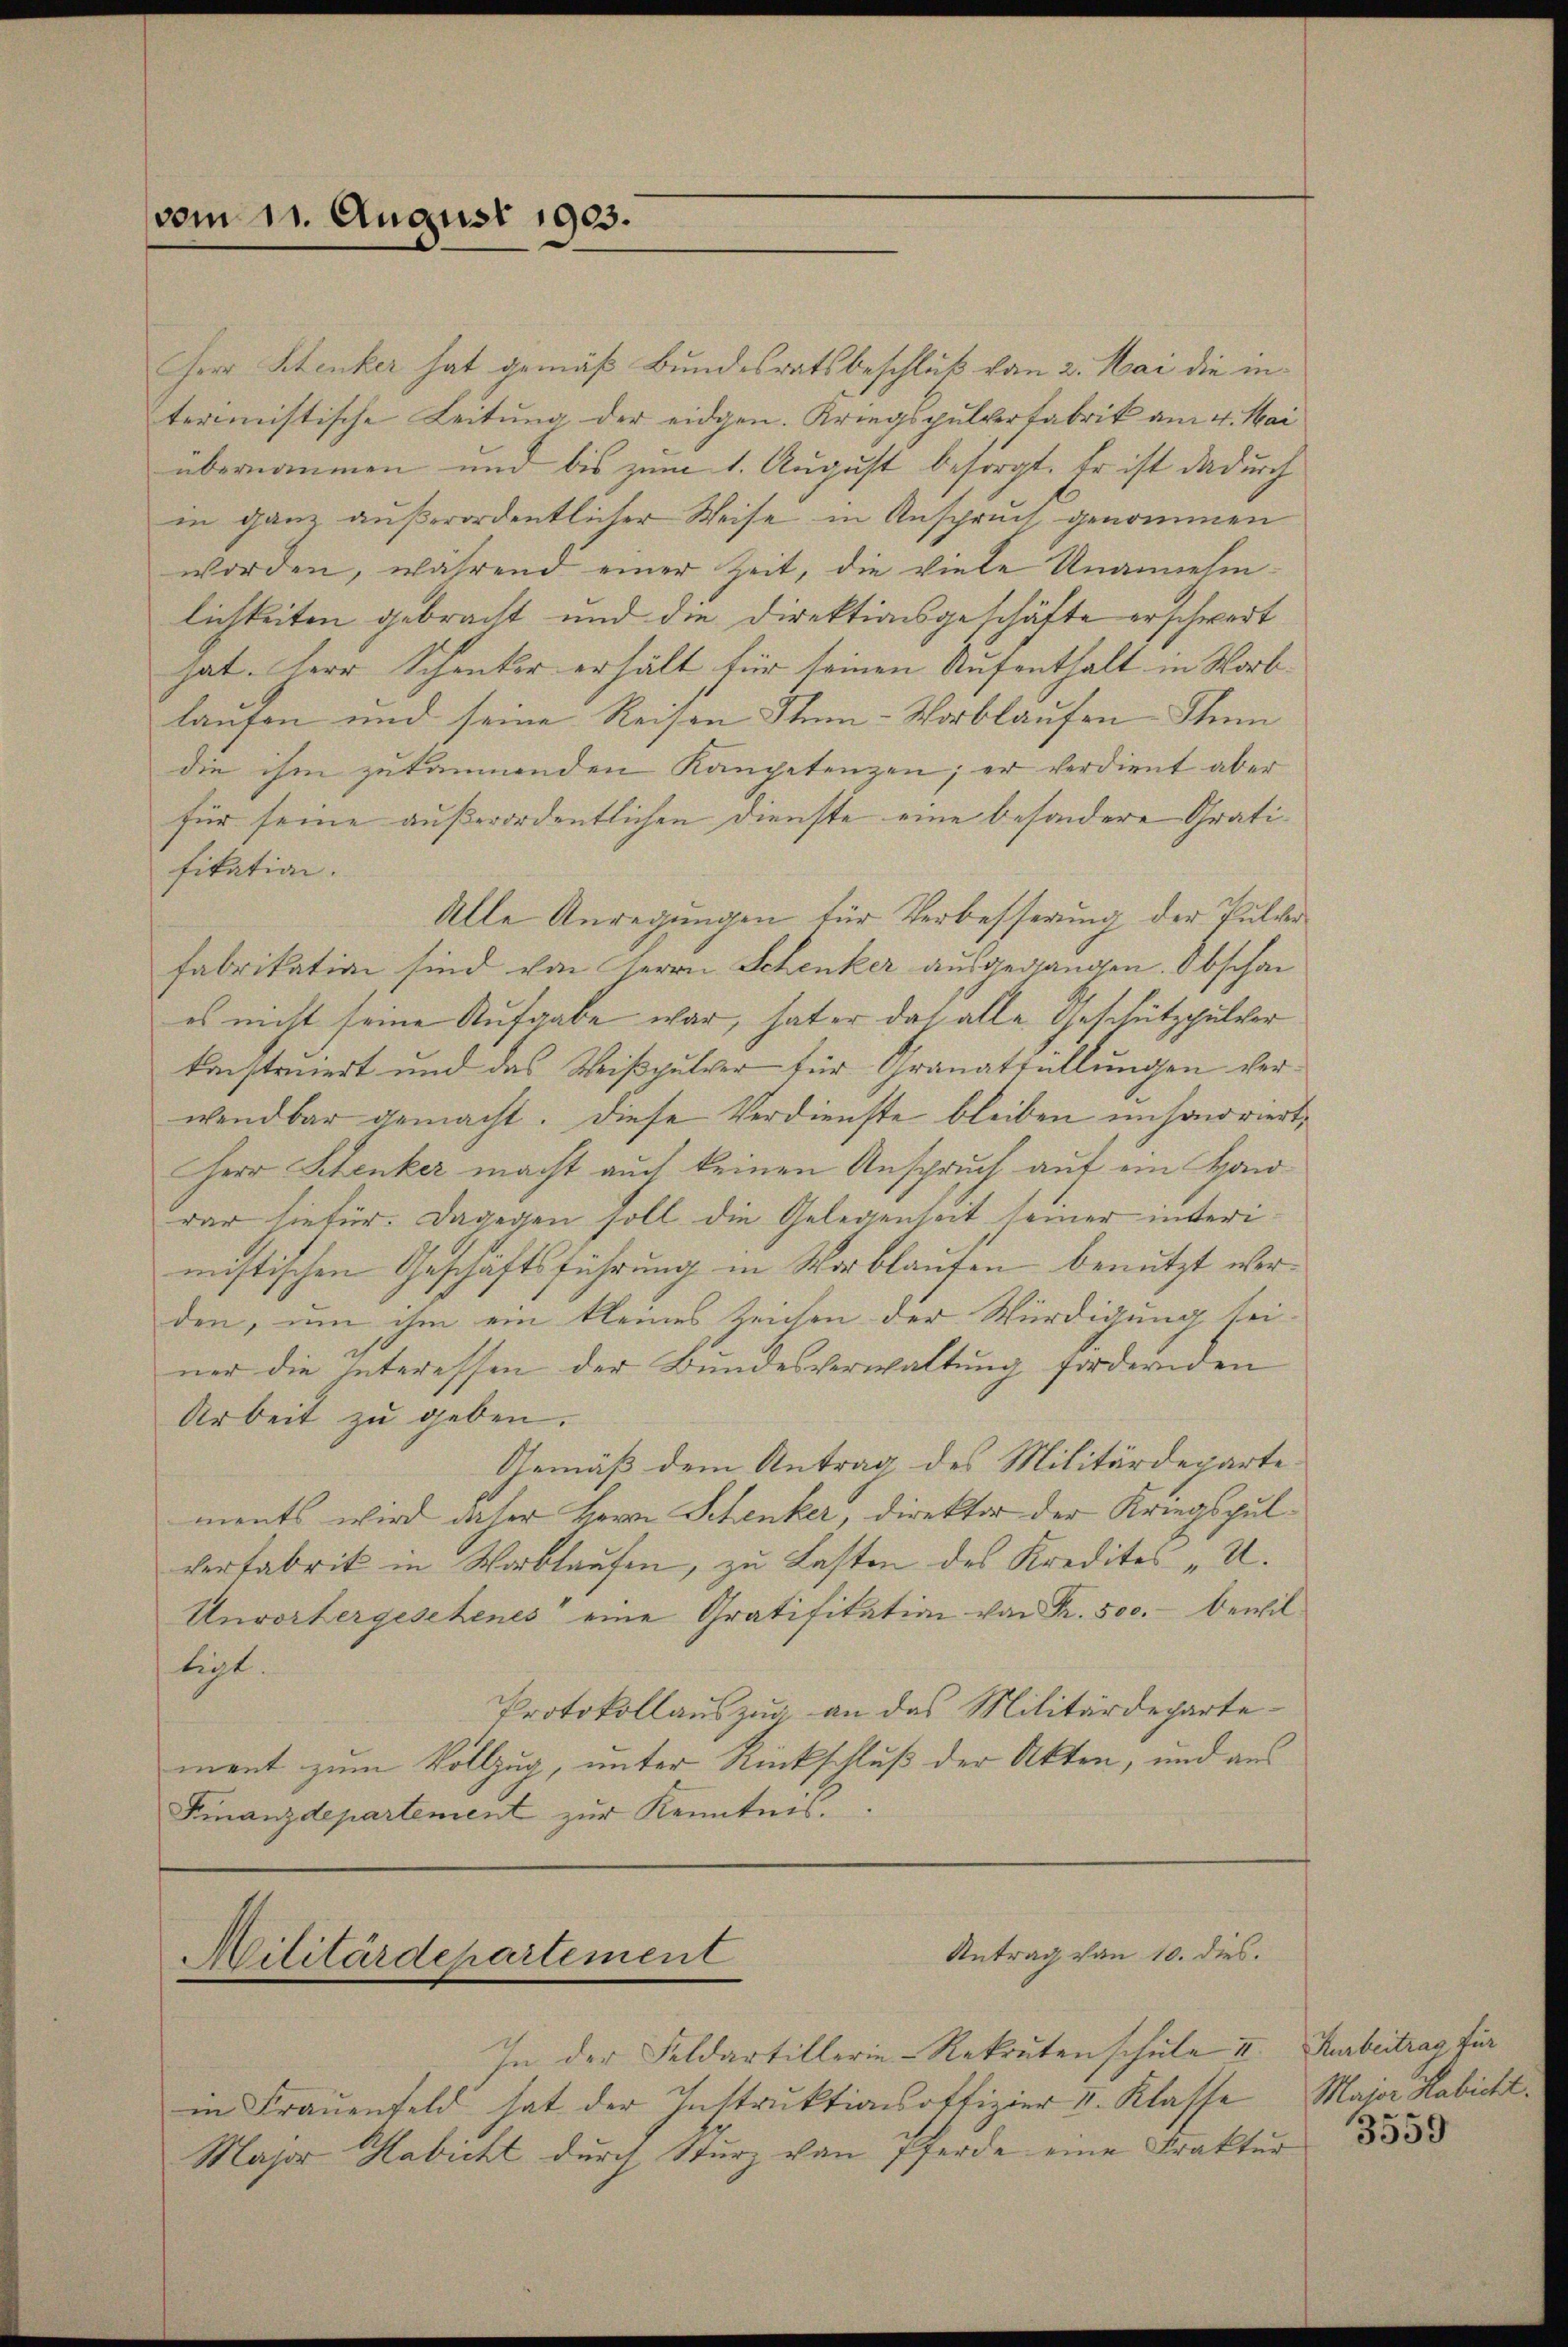
vom 11. August 1903.

Herr Stenker hat gemäß Bundesratsbeschluß vom 2. Mai die interimistische Leitung der eidgen. Kriegspulvertabrik am 4. Mai
übernommen und bis zum 1. August besorgt. Er ist dadurch
in ganz außerordentlicher Weise in Anspruch genommen
worden, während einer Zeit, die viele Unannehmlichkeiten gebracht und die Direktionsgeschäfte erschwert
hat. Herr Schenter erhält für seinen Aufenthalt in Worb
laufen und seine Reisen Iten-Vorblaufen Thun
die ihm zukämenden Kompetenzen; er verdient aber
für seine außerordentlichen Dienste eine besondere Gratifikation.
Alle Anregungen für Verbesserung der Pulver
fabrikation sind von Herrn Schenker ausgegangen. Obschan
es nicht seine Aufgabe war, hat er doch alle Geschützpulver
konstruiert und das Weißpulver für Granattellungen verwendbar gemacht. Diese Verdienste bleiben unsonoriert,
Herr Stenker macht auch keinen Anspruch auf ein Handdar hiefür. Dagegen soll die Gelegenseit seiner interimistischen Geschäftsführung in Worblaufen benutzt werden, um ihm ein kleines Zeichen der Würdigung sei-
ner die Interessen der Bundesverwaltung fordernden
Arbeit zu geben.
Gemäß dem Antrag des Militärdeparte
ments wird daher Herrn Schenker, direktor der Kriegspulverfabrik in Wortlaufen, zu Lasten des Kredites „U.
Unvorhergesehenes eine Gratifitation von Fr. 500.- bewilligt.
Protokollauszug an das Militärdeparte-
ment zum Vollzug, unter Rückschluß der Akten, und aus
Finanzdepartement zur Kenntnis.

Antrag von 10. dies
Militärdepartement

In der Feldartillerie-Rekruten schule II. Karbeitrag für
in Frauenfeld hat der Instruktionsoffizier v. Klasse
Major Habicht durch Sturz von Pferde eine Fraktur

Major Habicht.
3559